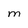
Character: M